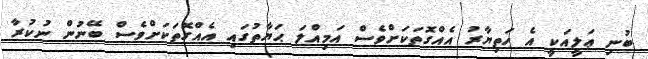
ބުނި ޢަލީއަކީ އެ ހަތިޔާރު އެއްގޮތަކަށްވެސް އަމިއްލަ ޙަޔާތުގައި އެއްގޮތަކަށްވެސް ބޭނުން ނުކުރާ